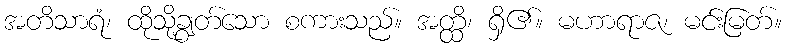
အတိသာရံ၊ ထိုသို့ချွတ်သော စကားသည်။ အတ္ထိ၊ ရှိ၏။ မဟာရာဇ၊ မင်းမြတ်။